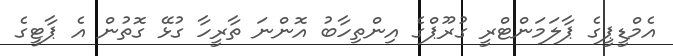
އެމްޑީޕީގެ ޕާލަމަންޓްރީ ގުރޫޕްގެ އިންތިހާބު އޮންނަ ތާރީހާ ގުޅޭ ގޮތުން އެ ޕާޓީގެ